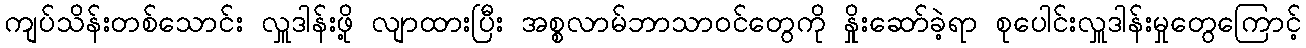
ကျပ်သိန်းတစ်သောင်း လှူဒါန်းဖို့ လျာထားပြီး အစ္စလာမ်ဘာသာဝင်တွေကို နှိုးဆော်ခဲ့ရာ စုပေါင်းလှူဒါန်းမှုတွေကြောင့်